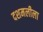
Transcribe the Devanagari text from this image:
दशमलीला